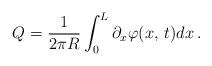
LaTeX: \begin{align*}Q=\frac{1}{2\pi R}\int ^{L}_{0}\partial _{x}\varphi (x,\, t)dx\, .\end{align*}